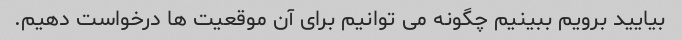
بیایید برویم ببینیم چگونه می توانیم برای آن موقعیت ها درخواست دهیم.